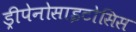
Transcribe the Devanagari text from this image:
ड्रीपेनोसाइटोसिस